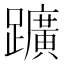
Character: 𨇁